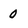
Character: 0